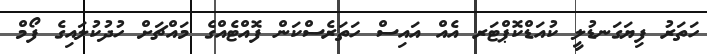
ހަތަރު ފިޔަގަނޑުލީ ކުއަޑްކޮޕްޓަރ އެއް އައިސް ހަތަރެސްކަން ފޮއްޓެއްގެ މައްޗަށް ހުދުކުލައިގެ ފޯމް